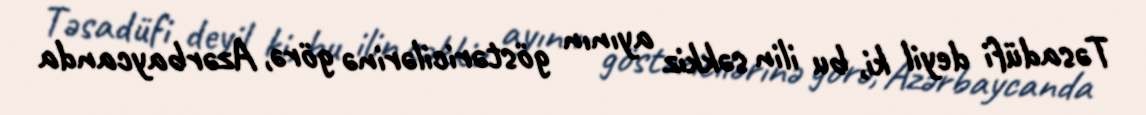
Təsadüfi deyil ki, bu ilin səkkiz ayının göstəricilərinə görə, Azərbaycanda